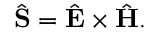
\begin{array} { r } { \hat { \bf S } = \hat { \bf E } \times \hat { \bf H } . } \end{array}